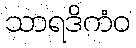
သာရဒိကံဝ